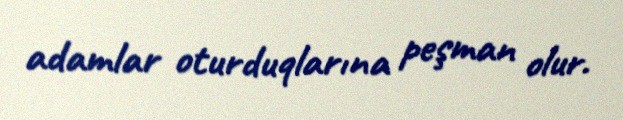
adamlar oturduqlarına peşman olur.